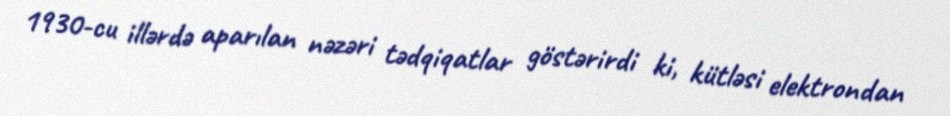
1930-cu illərdə aparılan nəzəri tədqiqatlar göstərirdi ki, kütləsi elektrondan